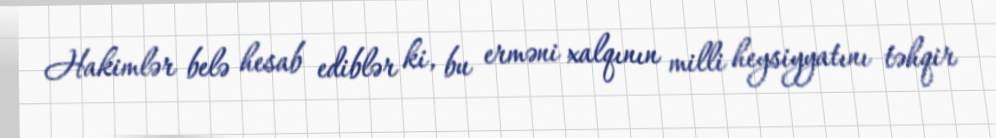
Hakimlər belə hesab ediblər ki, bu erməni xalqının milli heysiyyatını təhqir